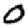
Digit: 0